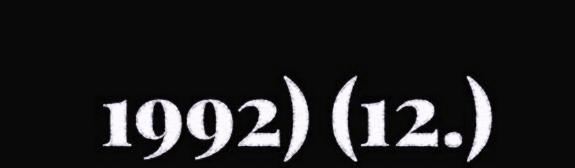
1992) (12.)